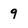
Character: 9